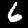
Label: 6